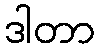
ဒါတာ